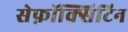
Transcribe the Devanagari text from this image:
सेफ़ॉक्सिटिन